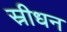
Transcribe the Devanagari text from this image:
स्रीधन